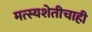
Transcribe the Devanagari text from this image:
मत्स्यशेतीचाही